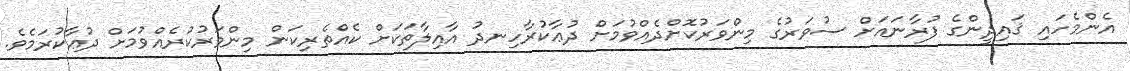
އެންމެހައި ޤައިދީންގެ ފުރާނައަށް ސުވަރުގެ މިންވަރުކޮށްދެއްވުމަށް ދުޢާކުރާހިނދު އާއިލާތަކަށް ކެއްތެރިކަން މިންވަރުކުރެއްވުމަށް ދުޢާކުރަމެވެ.